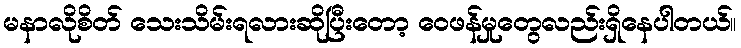
မနာလိုစိတ် သေးသိမ်းရလားဆိုပြီးတော့ ဝေဖန်မှုတွေလည်းရှိနေပါတယ်။